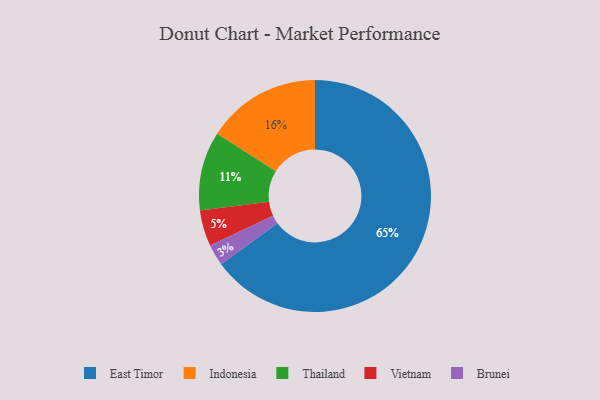
{"axis": {"x": "Category", "y": "Percentage"}, "legend": ["Brunei", "East Timor", "Indonesia", "Thailand", "Vietnam"], "data": [{"x": "Thailand", "y": 11, "type": "Thailand"}, {"x": "Brunei", "y": 3, "type": "Brunei"}, {"x": "Vietnam", "y": 5, "type": "Vietnam"}, {"x": "Indonesia", "y": 16, "type": "Indonesia"}, {"x": "East Timor", "y": 65, "type": "East Timor"}]}